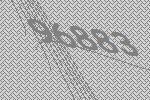
96883